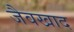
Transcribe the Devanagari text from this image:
जैवखाद